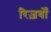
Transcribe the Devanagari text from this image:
रिज़र्वों